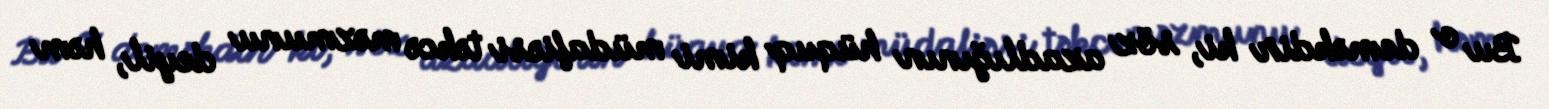
Bu o deməkdir ki, söz azadlığının hüquq kimi müdafiəsi təkcə məzmunu deyil, həm